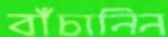
বাঁচানিন